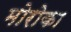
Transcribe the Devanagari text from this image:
मोरोका